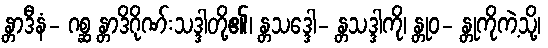
န္တာဒီနံ- ဂစ္ဆ န္တာဒိဂိုဏ်းသဒ္ဒါတို့၏၊ န္တသဒ္ဒေါ- န္တသဒ္ဒါကို၊ န္တုဝ- န္တုကိုကဲ့သို့၊